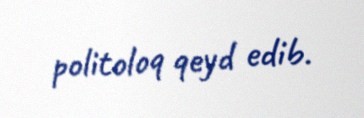
politoloq qeyd edib.